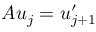
A u _ { j } = u _ { j + 1 } ^ { \prime }